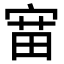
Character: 𫳝